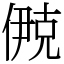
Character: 鿙